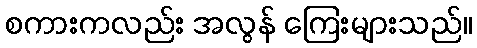
စကားကလည်း အလွန် ကြေးများသည်။